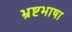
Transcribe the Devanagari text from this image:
भ्रष्टभाषा